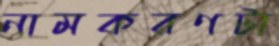
নামকরণটা